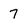
Character: 7